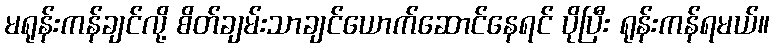
မရုန်းကန်ချင်လို့ စိတ်ချမ်းသာချင်ယောက်ဆောင်နေရင် ပိုပြီး ရုန်းကန်ရမယ်။